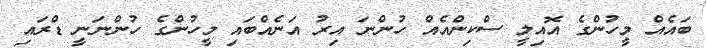
ބައެއް މީހުންގެ އޮއިލީ ސްކިންއެއް ހުންނަ އިރު އަނެއްބައި މީހުންގެ ހުންނަނީ ޑްރައި